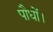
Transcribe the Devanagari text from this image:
पौधों।